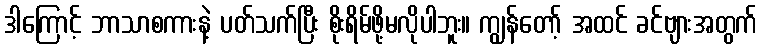
ဒါကြောင့် ဘာသာစကားနဲ့ ပတ်သက်ပြီး စိုးရိမ်ဖို့မလိုပါဘူး။ ကျွန်တော့် အထင် ခင်ဗျားအတွက်